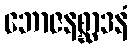
ဘောဇနစ္ဆာဒနံ